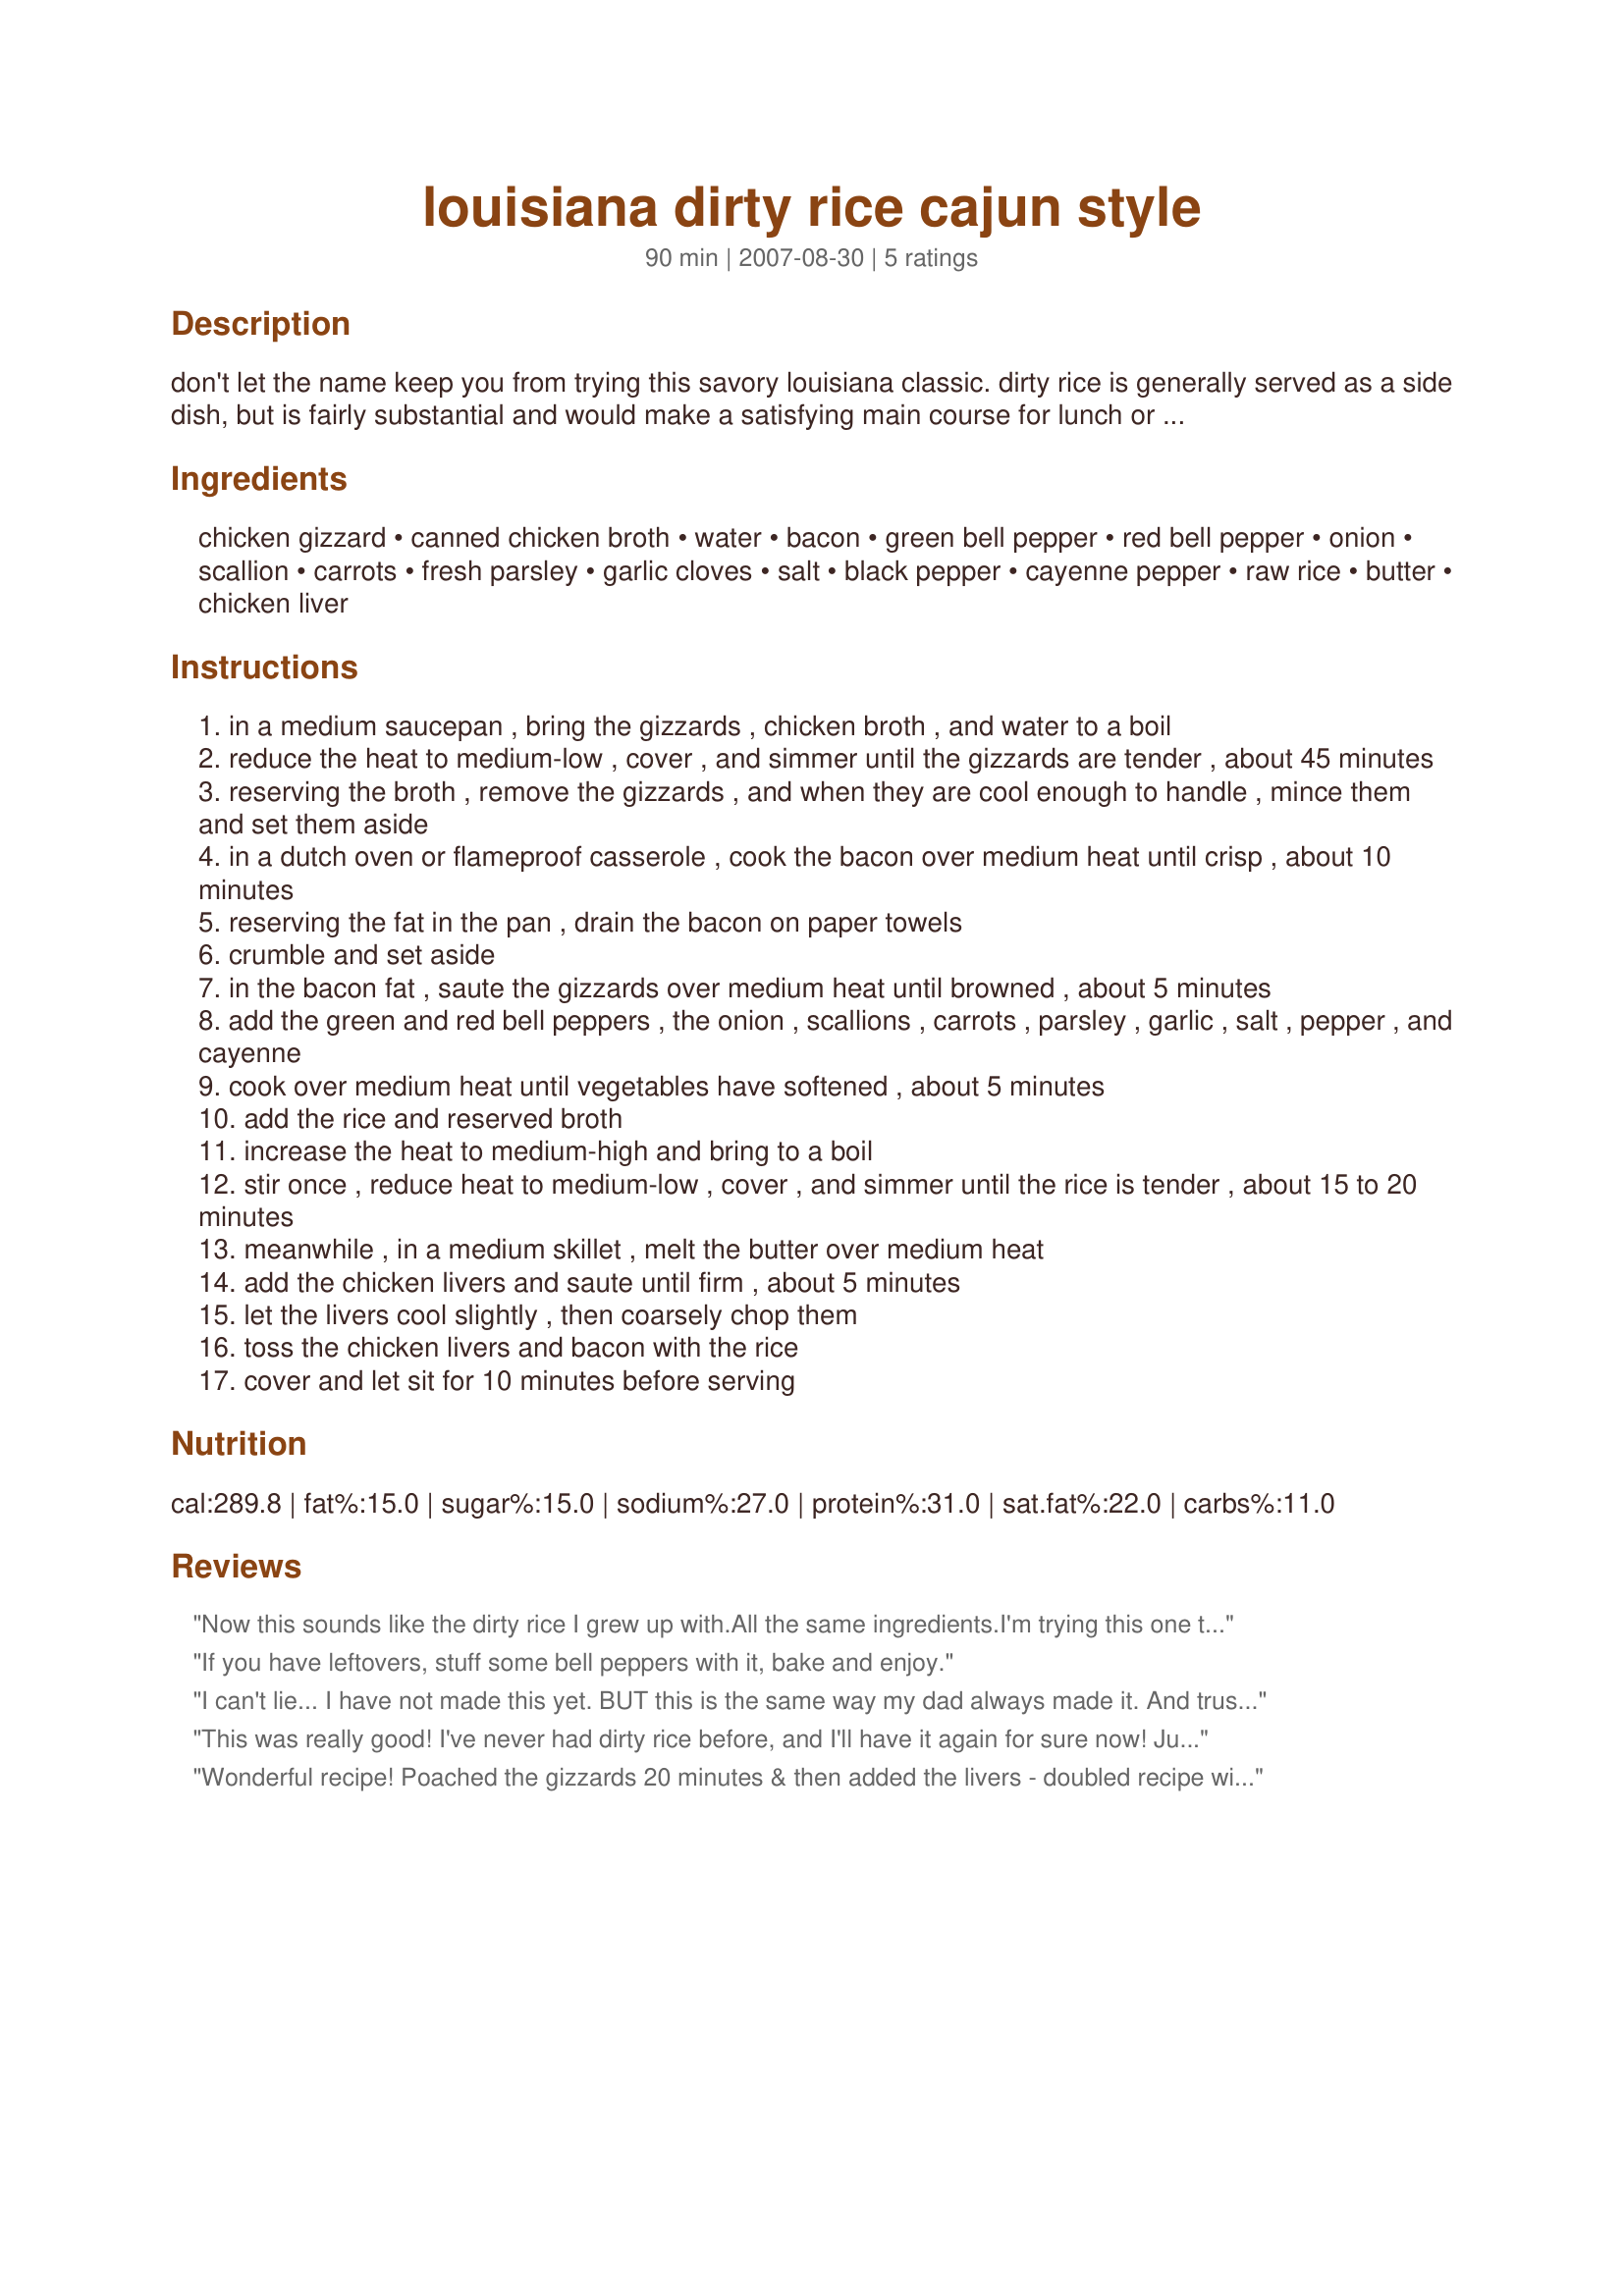
louisiana dirty rice cajun style
Preparation time: 90 minutes

don't let the name keep you from trying this savory louisiana classic. dirty rice is generally served as a side dish, but is fairly substantial and would make a satisfying main course for lunch or a light supper.

Ingredients:
chicken gizzard, canned chicken broth, water, bacon, green bell pepper, red bell pepper, onion, scallion, carrots, fresh parsley, garlic cloves, salt, black pepper, cayenne pepper, raw rice, butter, chicken liver

Steps:
in a medium saucepan , bring the gizzards , chicken broth , and water to a boil
reduce the heat to medium-low , cover , and simmer until the gizzards are tender , about 45 minutes
reserving the broth , remove the gizzards , and when they are cool enough to handle , mince them and set them aside
in a dutch oven or flameproof casserole , cook the bacon over medium heat until crisp , about 10 minutes
reserving the fat in the pan , drain the bacon on paper towels
crumble and set aside
in the bacon fat , saute the gizzards over medium heat until browned , about 5 minutes
add the green and red bell peppers , the onion , scallions , carrots , parsley , garlic , salt , pepper , and cayenne
cook over medium heat until vegetables have softened , about 5 minutes
add the rice and reserved broth
increase the heat to medium-high and bring to a boil
stir once , reduce heat to medium-low , cover , and simmer until the rice is tender , about 15 to 20 minutes
meanwhile , in a medium skillet , melt the butter over medium heat
add the chicken livers and saute until firm , about 5 minutes
let the livers cool slightly , then coarsely chop them
toss the chicken livers and bacon with the rice
cover and let sit for 10 minutes before serving

Reviews:
Now this sounds like the dirty rice I grew up with.All the same ingredients.I'm trying this one tonight,can't wait.My italian bf likes anything I make cajun.He had never had this type food until he met me.I'll let you know how it turns out.Thanks Alan
This is very good and authentic in my opinion.We really liked it and the leftovers were even better the next day Thank you,Alan
If you have leftovers, stuff some bell peppers with it, bake and enjoy.
I can't lie... I have not made this yet. BUT this is the same way my dad always made it. And trust me this stuff is BOMB!!!! Just try it. And someone said that the next day leftovers are better, so right!
This was really good! I've never had dirty rice before, and I'll have it again for sure now! Just finished up 2 helpings of this with some chipotle tabasco shaken on top and loved it. Thanks for sharing a great recipe. I couldn't get the liver phobic husband to take bite one, but forget him... he doesn't know what he's missing.
Wonderful recipe! Poached the gizzards 20 minutes & then added the livers - doubled recipe without problem. Shredded gizzards using Cuisinart shredding disc but minced liver by hand. Added 2 cups minced celery, 3 bay leaves, 1/2 t dried thyme & a teaspoon of cayenne. Added rice & minced poached livers & baked for 45 minutes in tightly covered dutch oven - 325 degree oven. Perfect fluffy rice - full of flavor that was not at all "bitter liver". Sooo good - will freeze to break out for "instant" side! Will serve to guests! It is tat good! Thank you Alan for a wonderful recipe for the "keeper" file!
